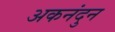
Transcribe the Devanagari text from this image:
अकनंदुन